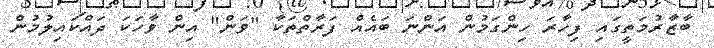
ބާޒާރުމަތީގައި ފިހާރަ ހިންގަމުން އަންނަ ބައެއް ފަރާތްތަކާ "ވަން" އިން ވާހަކަ ދައްކައިލުމުން